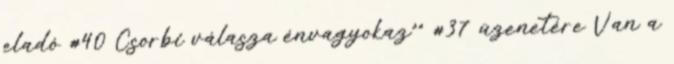
eladó #40 Csorbi válasza énvagyokaz^^ #37 üzenetére Van a